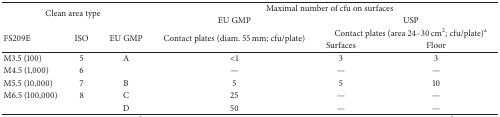
| <ROWSPAN=2-COLSPAN=3> Clean area type | <COLSPAN=3> Maximal number of cfu on surfaces |
 | EU GMP | <COLSPAN=2> USP |
 | <ROWSPAN=2> FS209E | <ROWSPAN=2> ISO | <ROWSPAN=2> EU GMP | <ROWSPAN=2> Contact plates (diam. 55 mm; cfu/plate) | <COLSPAN=2> Contact plates (area 24–30 cm2; cfu/plate)a |
 | Surfaces | Floor |
 | --- | --- | --- | --- | --- | --- |
 | M3.5 (100) | 5 | A | <1 | 3 | 3 |
 | M4.5 (1,000) | 6 |  | — | — | — |
 | M5.5 (10,000) | 7 | B | 5 | 5 | 10 |
 | M6.5 (100,000) | 8 | C | 25 | — | — |
 |  |  | D | 50 | — | — |